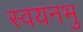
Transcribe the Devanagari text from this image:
स्वयनभु